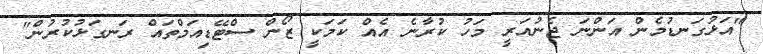
"އަޅުގަނޑުމެން އަންނަ ޖެނުއަރީ މަހު ކުރާނެ އެއް ކަމަކީ ޒޯން ސްޓޭޑިއަމްތައް ރަނގަޅުކުރުން"